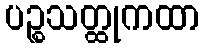
ပဉ္စသတ္ထုကထာ